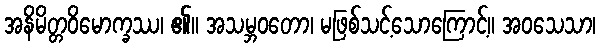
အနိမိတ္တဝိမောက္ခဿ၊ ၏။ အသမ္ဘဝတော၊ မဖြစ်သင့်သောကြောင့်။ အဝသေသာ၊